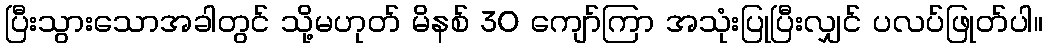
ပြီးသွားသောအခါတွင် သို့မဟုတ် မိနစ် 30 ကျော်ကြာ အသုံးပြုပြီးလျှင် ပလပ်ဖြုတ်ပါ။